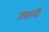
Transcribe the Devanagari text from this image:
उफानी